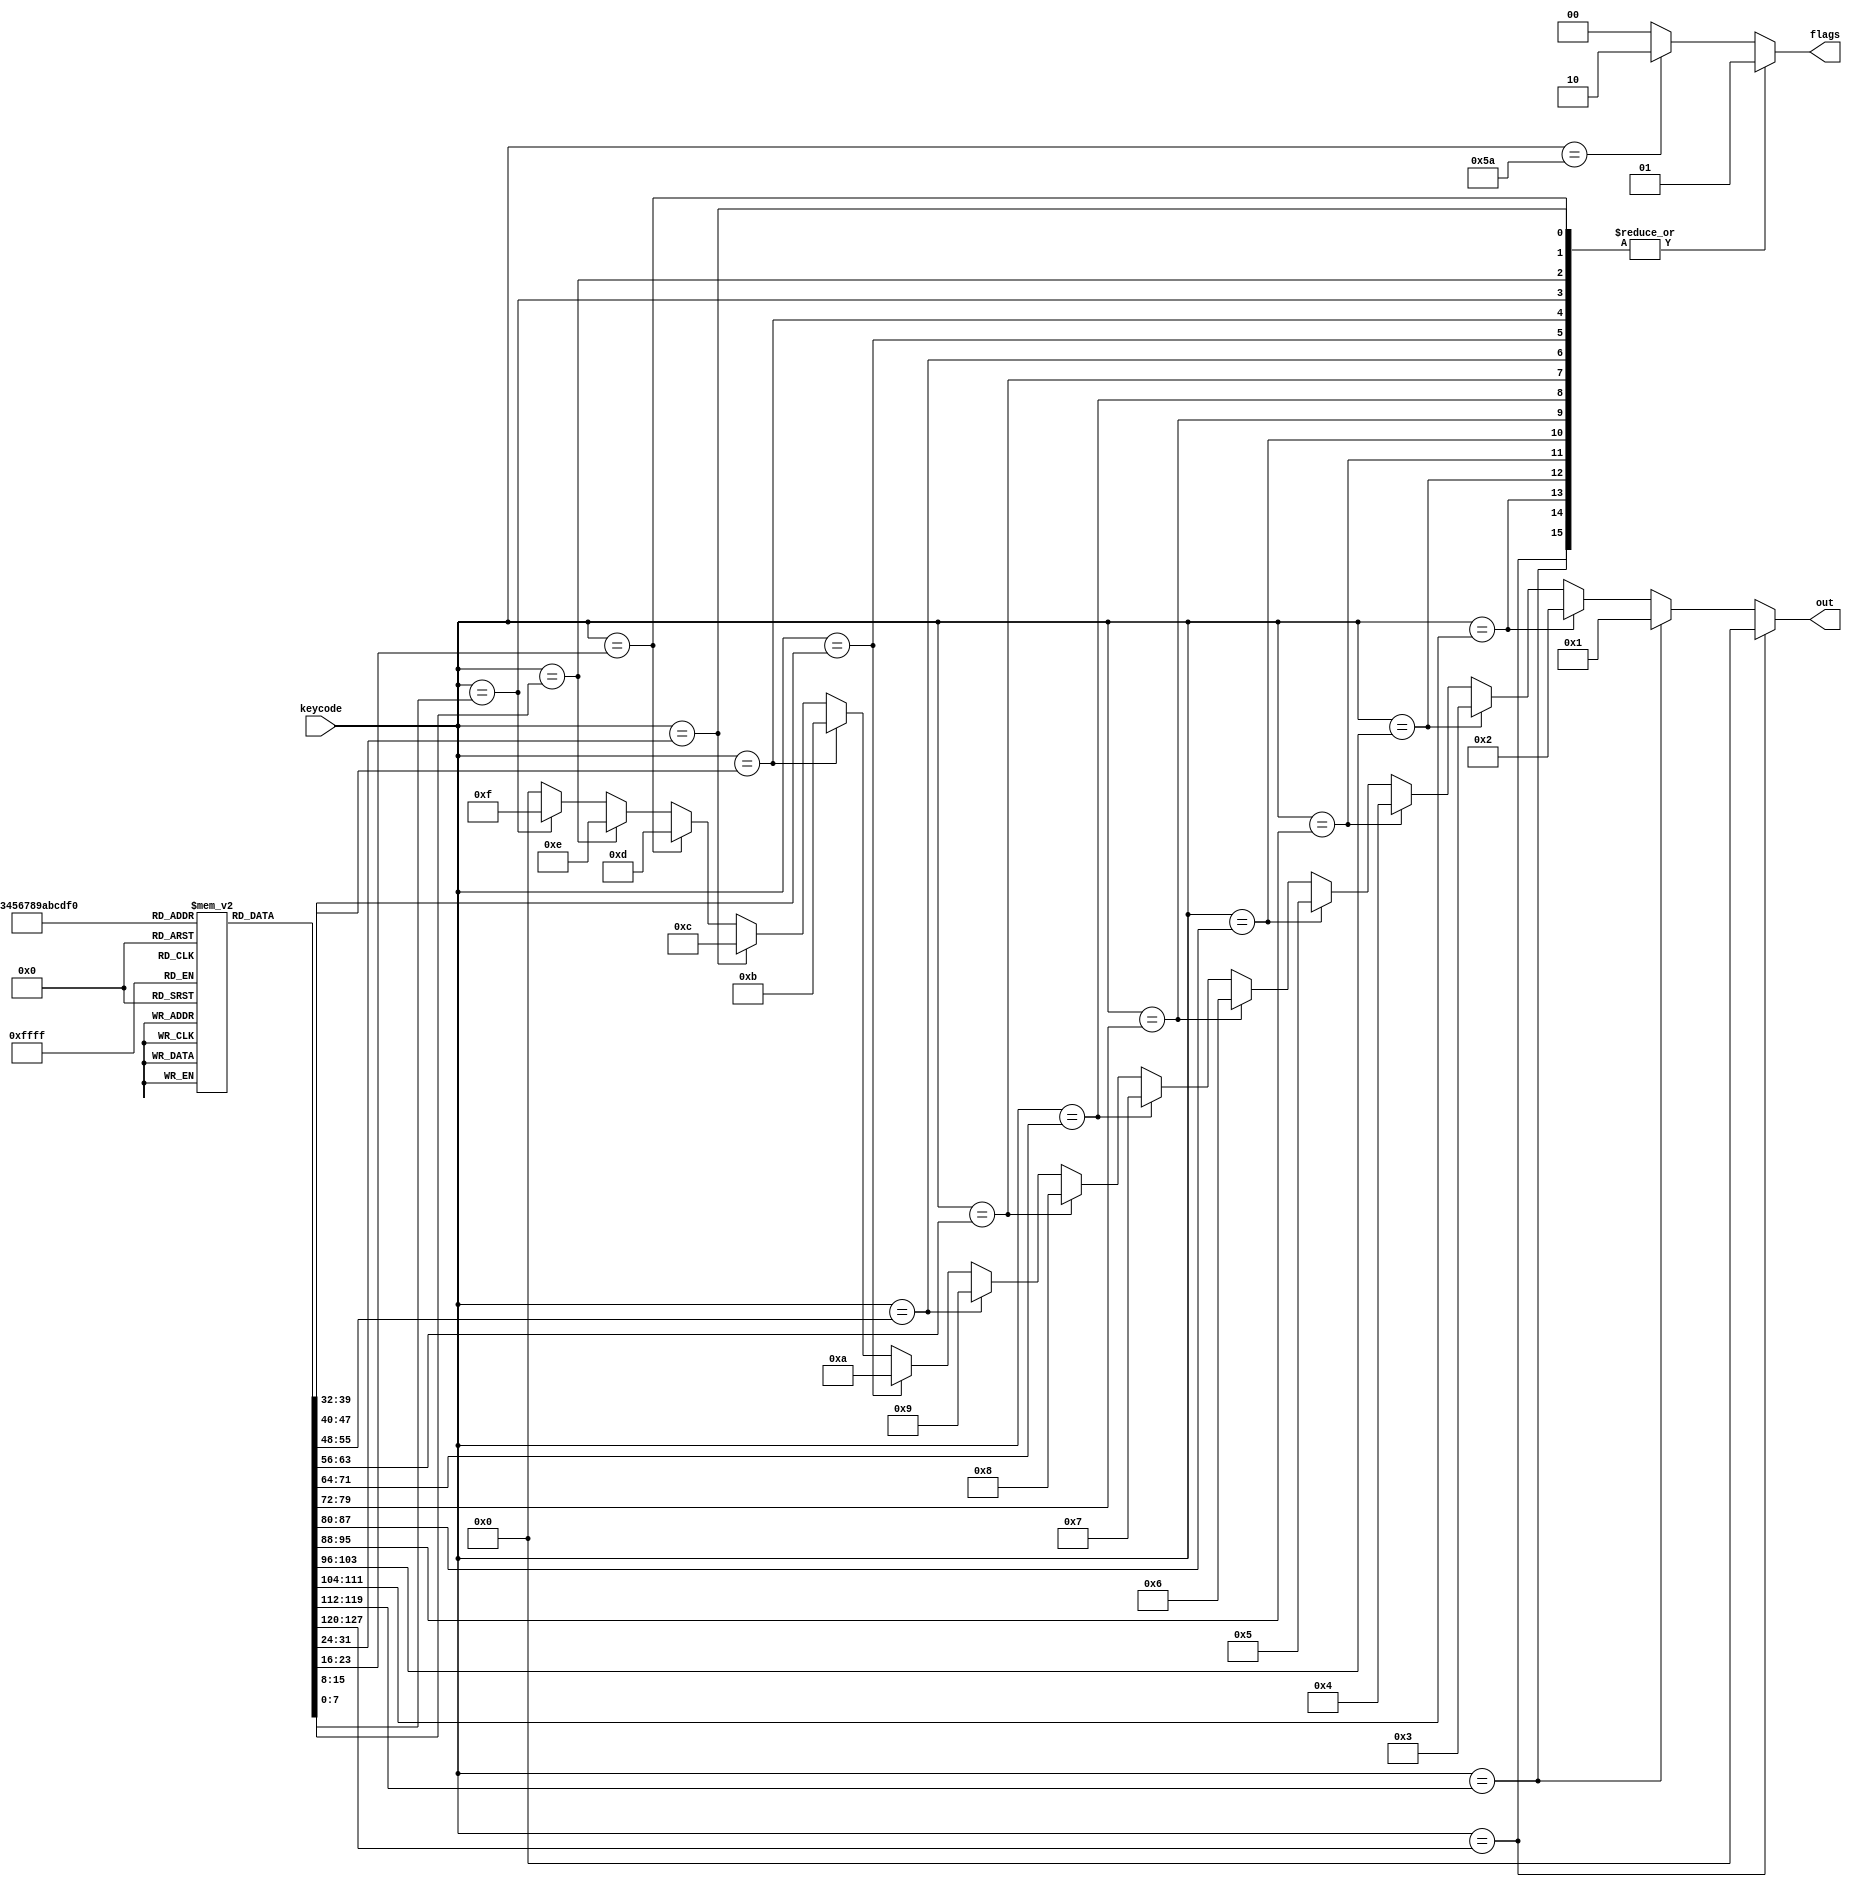
module PS2_DC(
    input [7:0] keycode,
    output reg [3:0] out,
    output reg [1:0] flags
);
reg [7:0] NUMBERS [0:15];
parameter [7:0] ENTER_CODE = 8'h5A;
parameter NUMBER_F = 0, ENTER_F = 1;
initial begin
    NUMBERS[0]  = 8'h45;
    NUMBERS[1]  = 8'h16;
    NUMBERS[2]  = 8'h1E;
    NUMBERS[3]  = 8'h26;
    NUMBERS[4]  = 8'h25;
    NUMBERS[5]  = 8'h2E;
    NUMBERS[6]  = 8'h36;
    NUMBERS[7]  = 8'h3D;
    NUMBERS[8]  = 8'h3E;
    NUMBERS[9]  = 8'h46;
    NUMBERS[10] = 8'h1C;
    NUMBERS[11] = 8'h32;
    NUMBERS[12] = 8'h21;
    NUMBERS[13] = 8'h23;
    NUMBERS[14] = 8'h24;
    NUMBERS[15] = 8'h2B;
    out = 0;
    flags = 0;
end
always@(keycode) begin
    case(keycode)
    NUMBERS[0] : out = 4'h0;
    NUMBERS[1] : out = 4'h1;
    NUMBERS[2] : out = 4'h2;
    NUMBERS[3] : out = 4'h3;
    NUMBERS[4] : out = 4'h4;
    NUMBERS[5] : out = 4'h5;
    NUMBERS[6] : out = 4'h6;
    NUMBERS[7] : out = 4'h7;
    NUMBERS[8] : out = 4'h8;
    NUMBERS[9] : out = 4'h9;
    NUMBERS[10]: out = 4'hA;
    NUMBERS[11]: out = 4'hB;
    NUMBERS[12]: out = 4'hC;
    NUMBERS[13]: out = 4'hD;
    NUMBERS[14]: out = 4'hE;
    NUMBERS[15]: out = 4'hF;

    ENTER_CODE: out = 0;
    default: out = 0;
    endcase
end

always@(keycode) begin
    case(keycode)
    NUMBERS[0], NUMBERS[1], NUMBERS[2], NUMBERS[3],
    NUMBERS[4], NUMBERS[5], NUMBERS[6], NUMBERS[7],
    NUMBERS[8], NUMBERS[9], NUMBERS[10], NUMBERS[11],
    NUMBERS[12], NUMBERS[13], NUMBERS[14], NUMBERS[15]:
    flags <= 1 << NUMBER_F;
    ENTER_CODE: flags <= 1 << ENTER_F;
    default: flags <= 0;
    endcase
end
endmodule